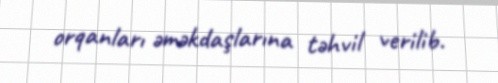
orqanları əməkdaşlarına təhvil verilib.